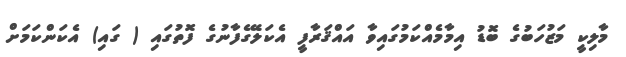
މާލިކީ މަޒުހަބުގެ ބޮޑު އިމާމެއްކަމުގައިވާ އައްޤަރާފީ އެކަލޭގެފާނުގެ ފޮތުގައި ( ގައި) އެކަންކަމަށް